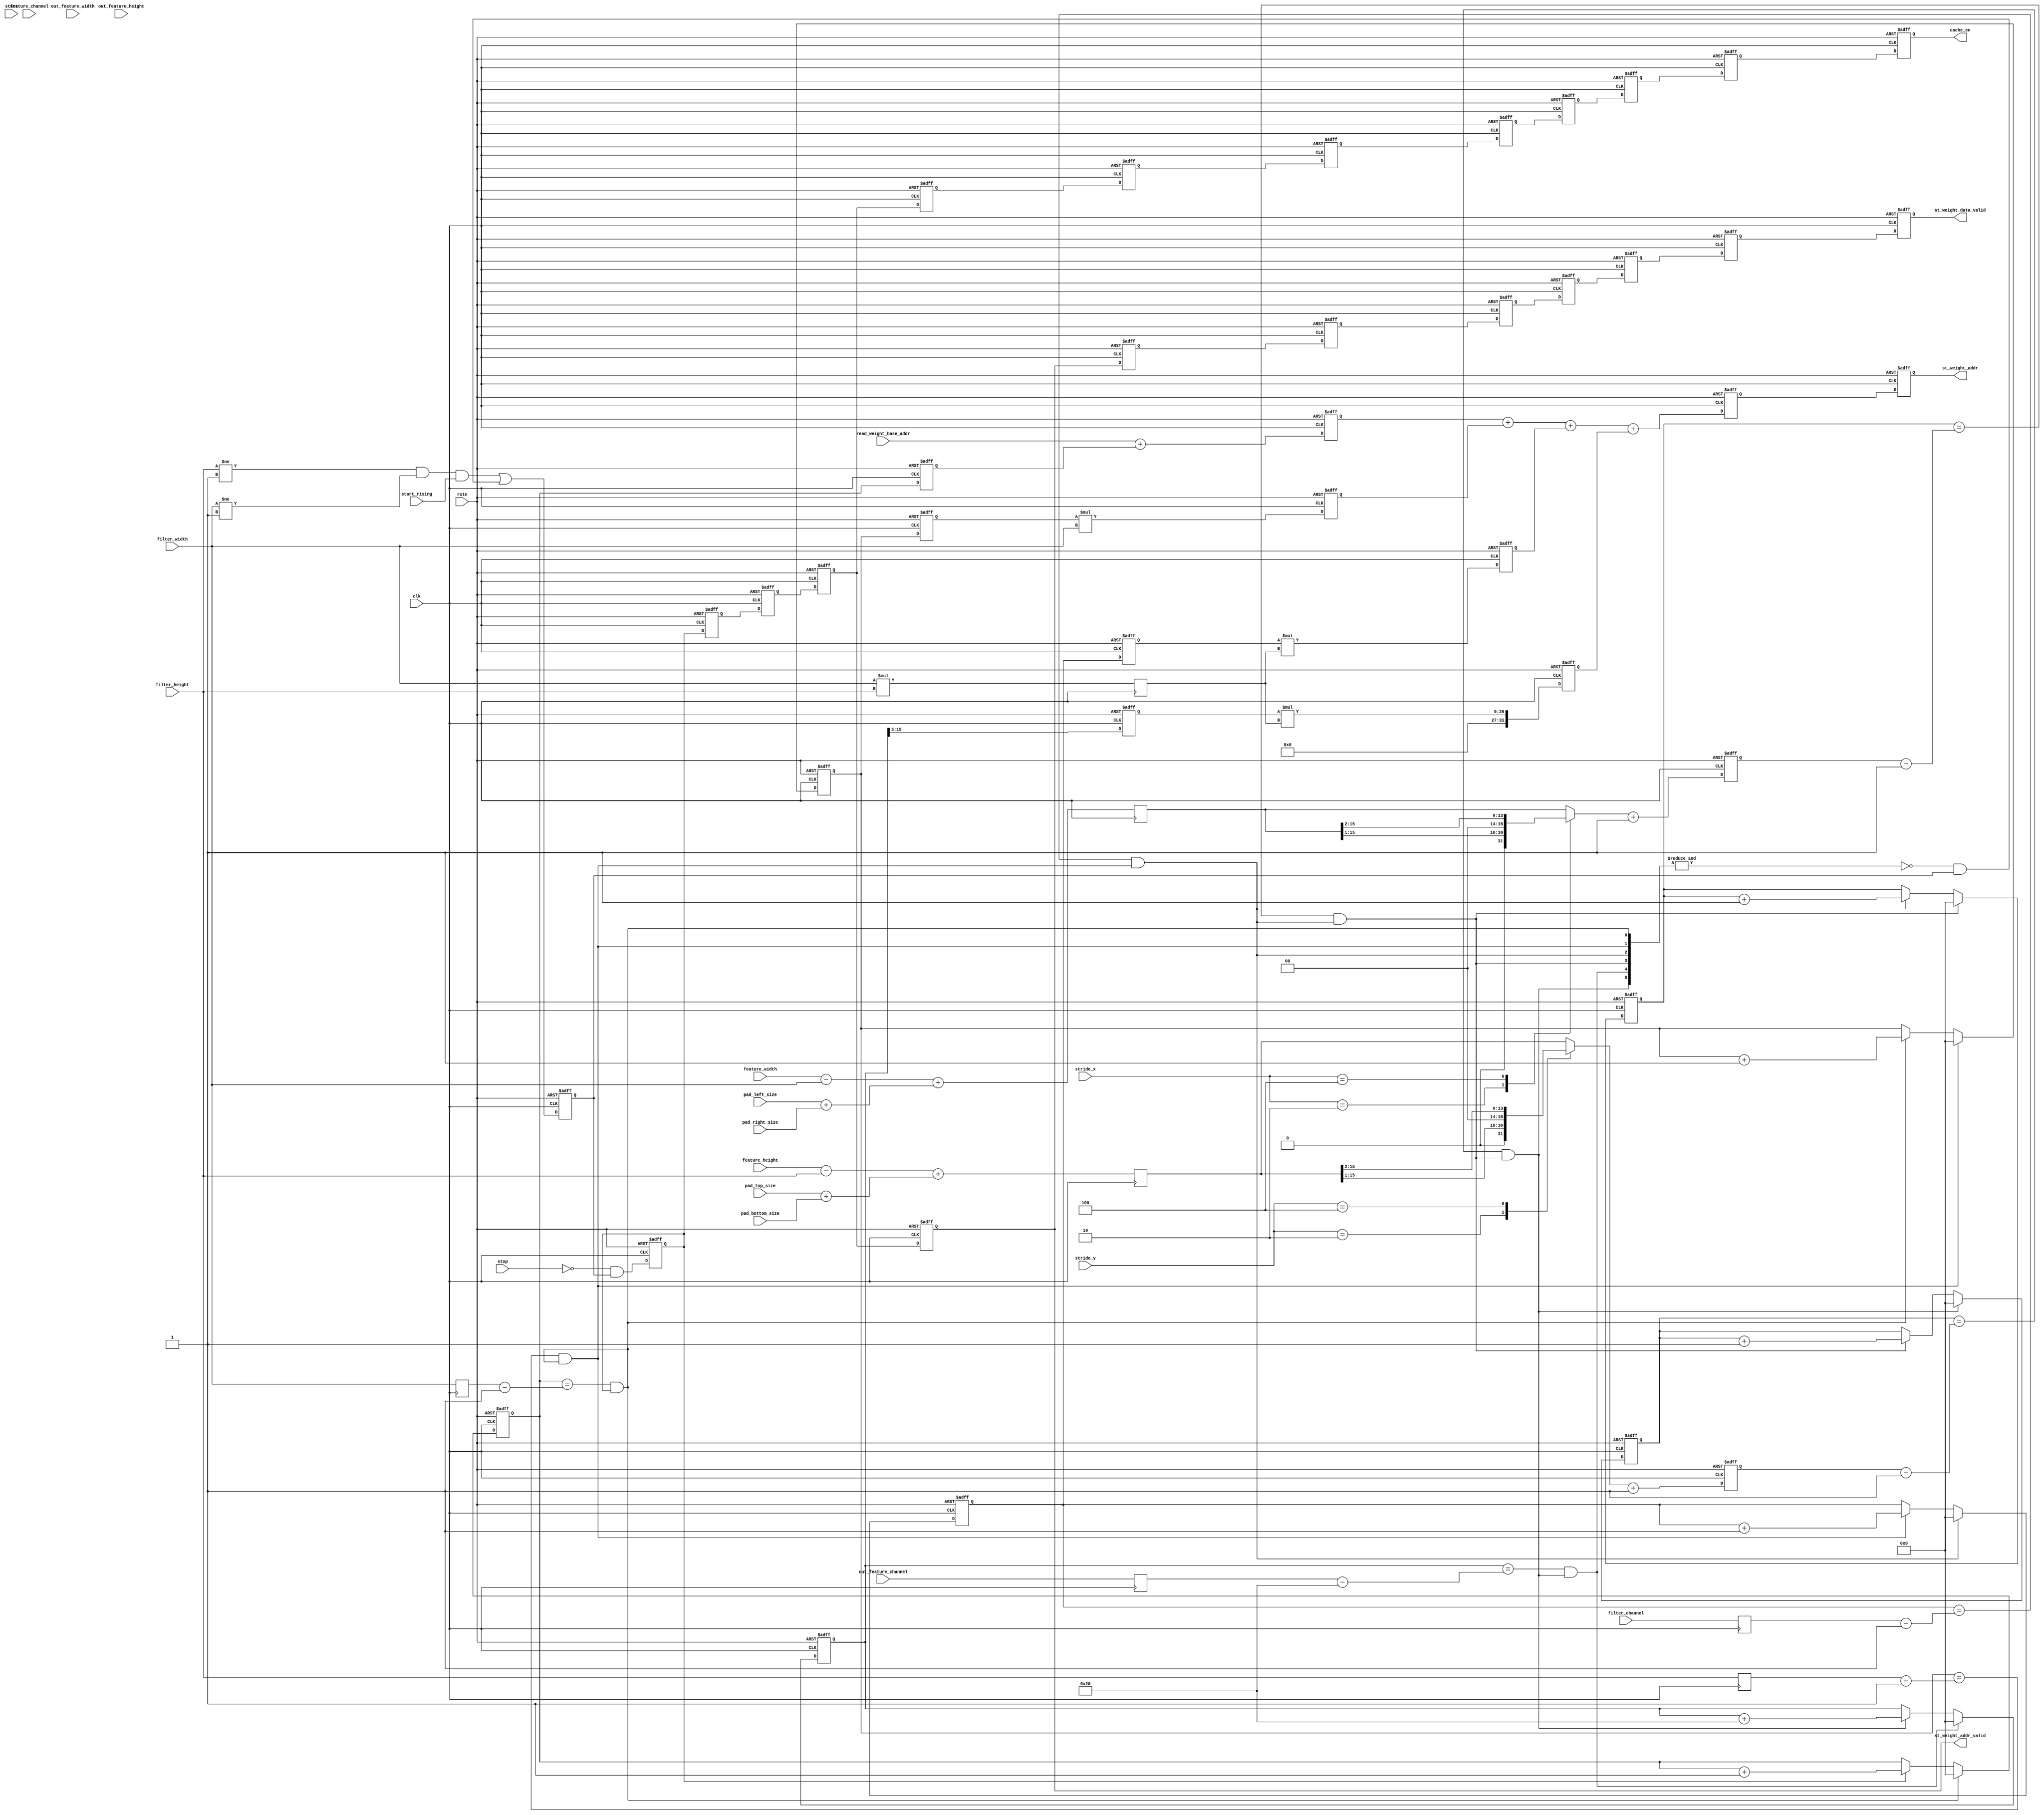
// Generated by stratus_hls 19.10-p100  (91500.011111)
// Fri Jan 22 11:58:26 2021
// from st_weight_addr_gen.cpp

`timescale 1ps / 1ps

      
module st_weight_addr_gen(clk, rstn, stop, start, start_rising, feature_width, feature_height, feature_channel, out_feature_width, out_feature_height, out_feature_channel, filter_width, filter_height, filter_channel, stride_x, stride_y, pad_top_size, pad_bottom_size, pad_left_size, pad_right_size, read_weight_base_addr, st_weight_addr, st_weight_addr_valid, st_weight_data_valid, cache_en);

      input clk;
      input rstn;
      input stop;
      input [7:0] start;
      input start_rising;
      input [15:0] feature_width;
      input [15:0] feature_height;
      input [15:0] feature_channel;
      input [15:0] out_feature_width;
      input [15:0] out_feature_height;
      input [15:0] out_feature_channel;
      input [15:0] filter_width;
      input [15:0] filter_height;
      input [15:0] filter_channel;
      input [7:0] stride_x;
      input [7:0] stride_y;
      input [7:0] pad_top_size;
      input [7:0] pad_bottom_size;
      input [7:0] pad_left_size;
      input [7:0] pad_right_size;
      input [31:0] read_weight_base_addr;
      output [31:0] st_weight_addr;
      reg [31:0] st_weight_addr;
      output st_weight_addr_valid;
      reg st_weight_addr_valid;
      output st_weight_data_valid;
      reg st_weight_data_valid;
      output cache_en;
      reg cache_en;
      /*signed*/wire[1:0] st_weight_addr_gen_AndReduction_2S_1U_1_42_in1;
      wire st_weight_addr_gen_AndReduction_2S_1U_4_41_out1;
      /*signed*/wire[1:0] st_weight_addr_gen_AndReduction_2S_1U_4_41_in1;
      wire st_weight_addr_gen_AndReduction_4S_1U_1_40_out1;
      /*signed*/wire[3:0] st_weight_addr_gen_AndReduction_4S_1U_1_40_in1;
      wire st_weight_addr_gen_And_1Ux1U_1U_4_48_out1;
      wire st_weight_addr_gen_And_1Ux1U_1U_4_47_out1;
      wire st_weight_addr_gen_And_1Ux1U_1U_4_46_out1;
      wire st_weight_addr_gen_AndReduction_2S_1U_1_42_out1;
      wire st_weight_addr_gen_Not_1U_1U_4_45_out1;
      wire st_weight_addr_gen_Nei1u16_4_44_out1;
      wire st_weight_addr_gen_Nei1u16_4_43_out1;
      wire st_weight_addr_gen_Or_1Ux1U_1U_4_49_out1;
      reg enable;
      wire st_weight_addr_gen_Not_1U_1U_4_14_out1;
      wire st_weight_addr_gen_And_1Ux1U_1U_4_15_out1;
      wire st_weight_addr_gen_EqSubi1u16u16_1_16_out1;
      reg[15:0] st_weight_addr_gen_MuxAdd2i1u16u16u1_4_18_out1;
      reg[15:0] st_weight_addr_gen_Muxi0u16u1_4_19_out1;
      wire st_weight_addr_gen_EqSubi1u16u16_1_20_out1;
      reg[15:0] st_weight_addr_gen_MuxAdd2i1u16u16u1_1_22_out1;
      wire st_weight_addr_gen_And_1Ux1U_1U_1_17_out1;
      reg[15:0] st_weight_addr_gen_Muxi0u16u1_4_23_out1;
      wire st_weight_addr_gen_EqSubi1u16u16_1_24_out1;
      reg[15:0] st_weight_addr_gen_MuxAdd2i1u16u16u1_1_26_out1;
      wire st_weight_addr_gen_And_1Ux1U_1U_1_21_out1;
      reg[15:0] st_weight_addr_gen_Muxi0u16u1_4_27_out1;
      wire st_weight_addr_gen_EqSubi1u16u16_1_28_out1;
      reg[15:0] st_weight_addr_gen_MuxAdd2i1u16u16u1_1_30_out1;
      wire st_weight_addr_gen_And_1Ux1U_1U_1_25_out1;
      reg[15:0] st_weight_addr_gen_Muxi0u16u1_4_31_out1;
      reg[15:0] ox_cnt;
      wire st_weight_addr_gen_EqSubi1u16u16_1_32_out1;
      reg[15:0] st_weight_addr_gen_MuxAdd2i1u16u16u1_1_34_out1;
      wire st_weight_addr_gen_And_1Ux1U_1U_1_29_out1;
      reg[15:0] st_weight_addr_gen_Muxi0u16u1_4_35_out1;
      reg[15:0] oy_cnt;
      wire st_weight_addr_gen_EqSubi32u16u16_1_36_out1;
      wire st_weight_addr_gen_And_1Ux1U_1U_1_37_out1;
      reg[15:0] st_weight_addr_gen_MuxAdd2i32u16u16u1_1_38_out1;
      wire st_weight_addr_gen_And_1Ux1U_1U_1_33_out1;
      reg[15:0] st_weight_addr_gen_Muxi0u16u1_4_39_out1;
      reg[15:0] ix_cnt;
      reg[15:0] iy_cnt;
      reg[15:0] if_cnt;
      reg[15:0] of_cnt;
      reg[15:0] ix_pos;
      reg[15:0] iy_pos;
      reg[15:0] if_pos;
      reg[10:0] of_pos_slice;
      wire[31:0] st_weight_addr_gen_Add_32Ux16U_32U_4_13_out1;
      wire[31:0] st_weight_addr_gen_Mul_16Ux16U_32U_1_12_out1;
      wire[31:0] st_weight_addr_gen_Mul_16Ux16U_32U_1_11_out1;
      wire[31:0] st_weight_addr_gen_Mul_16Ux16U_32U_1_10_out1;
      reg[31:0] org_if_pos;
      reg[31:0] org_of_pos;
      reg[31:0] org_ix_pos;
      reg[31:0] org_iy_pos;
      wire[31:0] st_weight_addr_gen_Add_32Ux32U_32U_1_8_out1;
      wire[31:0] st_weight_addr_gen_Add3u32u32u32_1_9_out1;
      reg[31:0] tmp_st_weight_addr;
      reg st_weight_addr_valid_4d;
      reg st_weight_addr_valid_3d;
      reg st_weight_addr_valid_2d;
      reg st_weight_addr_valid_1d;
      reg run_8d;
      reg run_7d;
      reg run_6d;
      reg run_5d;
      reg run_4d;
      reg run;
      reg run_1d;
      reg run_2d;
      reg run_9d;
      reg st_weight_addr_valid_5d;
      reg run_3d;
      reg run_10d;
      reg st_weight_addr_valid_6d;
      wire[15:0] st_weight_addr_gen_Mul_16Ux16U_16U_4_5_out1;
      reg[15:0] cnt_max;
      reg[15:0] of_cnt_max;
      reg[15:0] if_cnt_max;
      reg[15:0] iy_cnt_max;
      reg[15:0] ix_cnt_max;
      /*signed*/wire[15:0] st_weight_addr_gen_Add3u8u8Subu16u16_4_6_out1;
      /*signed*/wire[15:0] st_weight_addr_gen_Add3u8u8Subu16u16_4_7_out1;
      reg[15:0] st_weight_addr_gen_N_Mux_16_3_21_4_2_out1;
      wire[14:0] st_weight_addr_gen_N_Mux_16_3_21_4_2_in2;
      reg[15:0] ox_cnt_max;
      wire[13:0] st_weight_addr_gen_N_Mux_16_3_21_4_2_in3;
      reg[15:0] st_weight_addr_gen_N_Mux_16_3_21_4_1_out1;
      wire[14:0] st_weight_addr_gen_N_Mux_16_3_21_4_1_in2;
      reg[15:0] oy_cnt_max;
      wire[13:0] st_weight_addr_gen_N_Mux_16_3_21_4_1_in3;
      wire[15:0] st_weight_addr_gen_Add2i1u16_1_3_out1;
      reg[15:0] oy_cnt_max2;
      wire[15:0] st_weight_addr_gen_Add2i1u16_1_4_out1;
      reg[15:0] ox_cnt_max2;

         // rtl_process:st_weight_addr_gen/drive_ox_cnt_max2
         // Sharing or Control mux
         // Sharing/Controlling 3 operation(s) on drive_ox_cnt_max2
         // at: st_weight_addr_gen.h:380:7
         // at: st_weight_addr_gen.h:391:7
         // at: st_weight_addr_gen.h:179:56
         always @(posedge clk or negedge rstn)
          begin :drive_ox_cnt_max2
            if (rstn == 1'b0) begin
               // op:_cnt_max2/OP0
               ox_cnt_max2 <= 16'd00000;
            end
            else begin
               // op:_cnt_max2/OP11
               ox_cnt_max2 <= st_weight_addr_gen_Add2i1u16_1_4_out1;
            end
         end

         // rtl_process:st_weight_addr_gen/drive_oy_cnt_max2
         // Sharing or Control mux
         // Sharing/Controlling 3 operation(s) on drive_oy_cnt_max2
         // at: st_weight_addr_gen.h:381:7
         // at: st_weight_addr_gen.h:400:7
         // at: st_weight_addr_gen.h:195:56
         always @(posedge clk or negedge rstn)
          begin :drive_oy_cnt_max2
            if (rstn == 1'b0) begin
               // op:_cnt_max2/OP1
               oy_cnt_max2 <= 16'd00000;
            end
            else begin
               // op:_cnt_max2/OP8
               oy_cnt_max2 <= st_weight_addr_gen_Add2i1u16_1_3_out1;
            end
         end

         // rtl_process:st_weight_addr_gen/drive_st_weight_addr_gen_N_Mux_16_3_21_4_1_in3
         // Sharing or Control mux
         // Sharing/Controlling 1 operation(s) on drive_st_weight_addr_gen_N_Mux_16_3_21_4_1_in3
         // at: st_weight_addr_gen.h:398:40
         assign st_weight_addr_gen_N_Mux_16_3_21_4_1_in3 = oy_cnt_max[15:2];

         // rtl_process:st_weight_addr_gen/drive_st_weight_addr_gen_N_Mux_16_3_21_4_1_in2
         // Sharing or Control mux
         // Sharing/Controlling 1 operation(s) on drive_st_weight_addr_gen_N_Mux_16_3_21_4_1_in2
         // at: st_weight_addr_gen.h:396:40
         assign st_weight_addr_gen_N_Mux_16_3_21_4_1_in2 = oy_cnt_max[15:1];

         // rtl_instance:st_weight_addr_gen/st_weight_addr_gen_N_Mux_16_3_21_4
         always @(stride_y or oy_cnt_max or st_weight_addr_gen_N_Mux_16_3_21_4_1_in3 or st_weight_addr_gen_N_Mux_16_3_21_4_1_in2)
          begin :st_weight_addr_gen_N_Mux_16_3_21_4_1
            case (stride_y) 

               8'd002:                begin
                  st_weight_addr_gen_N_Mux_16_3_21_4_1_out1 = {1'b0, st_weight_addr_gen_N_Mux_16_3_21_4_1_in2};
               end
               
               8'd004:                begin
                  st_weight_addr_gen_N_Mux_16_3_21_4_1_out1 = {2'b00, st_weight_addr_gen_N_Mux_16_3_21_4_1_in3};
               end
               
               default:                begin
                  st_weight_addr_gen_N_Mux_16_3_21_4_1_out1 = oy_cnt_max;
               end
               
            endcase

         end

         // rtl_process:st_weight_addr_gen/drive_st_weight_addr_gen_N_Mux_16_3_21_4_2_in3
         // Sharing or Control mux
         // Sharing/Controlling 1 operation(s) on drive_st_weight_addr_gen_N_Mux_16_3_21_4_2_in3
         // at: st_weight_addr_gen.h:389:40
         assign st_weight_addr_gen_N_Mux_16_3_21_4_2_in3 = ox_cnt_max[15:2];

         // rtl_process:st_weight_addr_gen/drive_st_weight_addr_gen_N_Mux_16_3_21_4_2_in2
         // Sharing or Control mux
         // Sharing/Controlling 1 operation(s) on drive_st_weight_addr_gen_N_Mux_16_3_21_4_2_in2
         // at: st_weight_addr_gen.h:387:40
         assign st_weight_addr_gen_N_Mux_16_3_21_4_2_in2 = ox_cnt_max[15:1];

         // rtl_instance:st_weight_addr_gen/st_weight_addr_gen_N_Mux_16_3_21_4
         always @(stride_x or ox_cnt_max or st_weight_addr_gen_N_Mux_16_3_21_4_2_in3 or st_weight_addr_gen_N_Mux_16_3_21_4_2_in2)
          begin :st_weight_addr_gen_N_Mux_16_3_21_4_2
            case (stride_x) 

               8'd002:                begin
                  st_weight_addr_gen_N_Mux_16_3_21_4_2_out1 = {1'b0, st_weight_addr_gen_N_Mux_16_3_21_4_2_in2};
               end
               
               8'd004:                begin
                  st_weight_addr_gen_N_Mux_16_3_21_4_2_out1 = {2'b00, st_weight_addr_gen_N_Mux_16_3_21_4_2_in3};
               end
               
               default:                begin
                  st_weight_addr_gen_N_Mux_16_3_21_4_2_out1 = ox_cnt_max;
               end
               
            endcase

         end

         // rtl_instance:st_weight_addr_gen/st_weight_addr_gen_Add2i1u16_1_3
         // Resource=st_weight_addr_gen_Add2i1u16_1, Function=add : Inputs=16 Outputs=16
         // Implements 1 operation(s)
         // at: st_weight_addr_gen.h:400:39
         assign st_weight_addr_gen_Add2i1u16_1_3_out1 = st_weight_addr_gen_N_Mux_16_3_21_4_1_out1 + 16'd00001;

         // rtl_instance:st_weight_addr_gen/st_weight_addr_gen_Add2i1u16_1_4
         // Resource=st_weight_addr_gen_Add2i1u16_1, Function=add : Inputs=16 Outputs=16
         // Implements 1 operation(s)
         // at: st_weight_addr_gen.h:391:39
         assign st_weight_addr_gen_Add2i1u16_1_4_out1 = st_weight_addr_gen_N_Mux_16_3_21_4_2_out1 + 16'd00001;

         // rtl_process:st_weight_addr_gen/drive_ox_cnt_max
         // Sharing or Control mux
         // Sharing/Controlling 2 operation(s) on drive_ox_cnt_max
         // at: st_weight_addr_gen.h:391:21
         // at: st_weight_addr_gen.h:369:7
         always @(posedge clk)
          begin :drive_ox_cnt_max
            // op:_set_max_num/OP38
            ox_cnt_max <= st_weight_addr_gen_Add3u8u8Subu16u16_4_7_out1;
         end

         // rtl_process:st_weight_addr_gen/drive_oy_cnt_max
         // Sharing or Control mux
         // Sharing/Controlling 2 operation(s) on drive_oy_cnt_max
         // at: st_weight_addr_gen.h:398:22
         // at: st_weight_addr_gen.h:371:7
         always @(posedge clk)
          begin :drive_oy_cnt_max
            // op:_set_max_num/OP36
            oy_cnt_max <= st_weight_addr_gen_Add3u8u8Subu16u16_4_6_out1;
         end

         // rtl_process:st_weight_addr_gen/drive_ix_cnt_max
         // Sharing or Control mux
         // Sharing/Controlling 2 operation(s) on drive_ix_cnt_max
         // at: st_weight_addr_gen.h:365:7
         // at: st_weight_addr_gen.h:132:54
         always @(posedge clk)
          begin :drive_ix_cnt_max
            // op:_set_max_num/OP41
            ix_cnt_max <= filter_width;
         end

         // rtl_process:st_weight_addr_gen/drive_iy_cnt_max
         // Sharing or Control mux
         // Sharing/Controlling 2 operation(s) on drive_iy_cnt_max
         // at: st_weight_addr_gen.h:366:7
         // at: st_weight_addr_gen.h:147:56
         always @(posedge clk)
          begin :drive_iy_cnt_max
            // op:_set_max_num/OP40
            iy_cnt_max <= filter_height;
         end

         // rtl_process:st_weight_addr_gen/drive_if_cnt_max
         // Sharing or Control mux
         // Sharing/Controlling 2 operation(s) on drive_if_cnt_max
         // at: st_weight_addr_gen.h:367:9
         // at: st_weight_addr_gen.h:163:56
         always @(posedge clk)
          begin :drive_if_cnt_max
            // op:_set_max_num/OP39
            if_cnt_max <= filter_channel;
         end

         // rtl_process:st_weight_addr_gen/drive_of_cnt_max
         // Sharing or Control mux
         // Sharing/Controlling 2 operation(s) on drive_of_cnt_max
         // at: st_weight_addr_gen.h:373:7
         // at: st_weight_addr_gen.h:215:56
         always @(posedge clk)
          begin :drive_of_cnt_max
            // op:_set_max_num/OP34
            of_cnt_max <= out_feature_channel;
         end

         // rtl_process:st_weight_addr_gen/drive_cnt_max
         // Sharing or Control mux
         // Sharing/Controlling 2 operation(s) on drive_cnt_max
         // at: st_weight_addr_gen.h:374:7
         // at: st_weight_addr_gen.h:272:36
         always @(posedge clk)
          begin :drive_cnt_max
            // op:_set_max_num/OP33
            cnt_max <= st_weight_addr_gen_Mul_16Ux16U_16U_4_5_out1;
         end

         // rtl_instance:st_weight_addr_gen/st_weight_addr_gen_Mul_16Ux16U_16U_4_5
         // Resource=st_weight_addr_gen_Mul_16Ux16U_16U_4, Function=mul : Inputs=16,16 Outputs=16
         // Implements 1 operation(s)
         // at: st_weight_addr_gen.h:374:37
         assign st_weight_addr_gen_Mul_16Ux16U_16U_4_5_out1 = filter_width*filter_height;

         // rtl_instance:st_weight_addr_gen/st_weight_addr_gen_Add3u8u8Subu16u16_4_6
         // Resource=st_weight_addr_gen_Add3u8u8Subu16u16_4, Function=sub add add : Inputs=16,16,8,8 Outputs=16S
         // Implements 1 operation(s)
         // at: st_weight_addr_gen.h:371:65
         assign st_weight_addr_gen_Add3u8u8Subu16u16_4_6_out1 = feature_height - filter_height + ({8'b00000000, pad_top_size} + {8'b00000000, pad_bottom_size});

         // rtl_instance:st_weight_addr_gen/st_weight_addr_gen_Add3u8u8Subu16u16_4_7
         // Resource=st_weight_addr_gen_Add3u8u8Subu16u16_4, Function=sub add add : Inputs=16,16,8,8 Outputs=16S
         // Implements 1 operation(s)
         // at: st_weight_addr_gen.h:369:63
         assign st_weight_addr_gen_Add3u8u8Subu16u16_4_7_out1 = feature_width - filter_width + ({8'b00000000, pad_left_size} + {8'b00000000, pad_right_size});

         // rtl_process:st_weight_addr_gen/drive_st_weight_data_valid
         // Sharing or Control mux
         // Sharing/Controlling 2 operation(s) on drive_st_weight_data_valid
         // at: st_weight_addr_gen.h:356:7
         // at: st_weight_addr_gen.h:360:7
         always @(posedge clk or negedge rstn)
          begin :drive_st_weight_data_valid
            if (rstn == 1'b0) begin
               // op:_st_weight_data_valid/OP52
               st_weight_data_valid <= 1'd0;
            end
            else begin
               // op:_st_weight_data_valid/OP54
               st_weight_data_valid <= st_weight_addr_valid_6d;
            end
         end

         // rtl_process:st_weight_addr_gen/drive_cache_en
         // Sharing or Control mux
         // Sharing/Controlling 2 operation(s) on drive_cache_en
         // at: st_weight_addr_gen.h:346:7
         // at: st_weight_addr_gen.h:350:7
         always @(posedge clk or negedge rstn)
          begin :drive_cache_en
            if (rstn == 1'b0) begin
               // op:_cache_en/OP55
               cache_en <= 1'd0;
            end
            else begin
               // op:_cache_en/OP57
               cache_en <= run_10d;
            end
         end

         // rtl_process:st_weight_addr_gen/drive_st_weight_addr_valid
         // Sharing or Control mux
         // Sharing/Controlling 1 operation(s) on drive_st_weight_addr_valid
         // at: st_weight_addr_gen.h:294:8
         always @(posedge clk or negedge rstn)
          begin :drive_st_weight_addr_valid
            if (rstn == 1'b0) begin
               // op:_st_weight_addr_valid/OP58
               st_weight_addr_valid <= 1'd0;
            end
            else begin
               // op:_st_weight_addr_valid/OP60
               st_weight_addr_valid <= run_3d;
            end
         end

         // rtl_process:st_weight_addr_gen/drive_st_weight_addr_valid_6d
         // Sharing or Control mux
         // Sharing/Controlling 4 operation(s) on drive_st_weight_addr_valid_6d
         // at: st_weight_addr_gen.h:360:30
         // at: st_weight_addr_gen.h:312:7
         // at: st_weight_addr_gen.h:331:7
         always @(posedge clk or negedge rstn)
          begin :drive_st_weight_addr_valid_6d
            if (rstn == 1'b0) begin
               // op:_delay/OP76
               st_weight_addr_valid_6d <= 1'd0;
            end
            else begin
               // op:_delay/OP112
               st_weight_addr_valid_6d <= st_weight_addr_valid_5d;
            end
         end

         // rtl_process:st_weight_addr_gen/drive_run_10d
         // Sharing or Control mux
         // Sharing/Controlling 3 operation(s) on drive_run_10d
         // at: st_weight_addr_gen.h:350:18
         // at: st_weight_addr_gen.h:306:7
         // at: st_weight_addr_gen.h:325:7
         always @(posedge clk or negedge rstn)
          begin :drive_run_10d
            if (rstn == 1'b0) begin
               // op:_delay/OP70
               run_10d <= 1'b0;
            end
            else begin
               // op:_delay/OP118
               run_10d <= run_9d;
            end
         end

         // rtl_process:st_weight_addr_gen/drive_run_3d
         // Sharing or Control mux
         // Sharing/Controlling 4 operation(s) on drive_run_3d
         // at: st_weight_addr_gen.h:341:30
         // at: st_weight_addr_gen.h:299:7
         // at: st_weight_addr_gen.h:318:7
         always @(posedge clk or negedge rstn)
          begin :drive_run_3d
            if (rstn == 1'b0) begin
               // op:_delay/OP63
               run_3d <= 1'b0;
            end
            else begin
               // op:_delay/OP125
               run_3d <= run_2d;
            end
         end

         // rtl_process:st_weight_addr_gen/drive_run_1d
         // Sharing or Control mux
         // Sharing/Controlling 4 operation(s) on drive_run_1d
         // at: st_weight_addr_gen.h:297:7
         // at: st_weight_addr_gen.h:316:7
         // at: st_weight_addr_gen.h:317:16
         always @(posedge clk or negedge rstn)
          begin :drive_run_1d
            if (rstn == 1'b0) begin
               // op:_delay/OP61
               run_1d <= 1'b0;
            end
            else begin
               // op:_delay/OP127
               run_1d <= run;
            end
         end

         // rtl_process:st_weight_addr_gen/drive_run_2d
         // Sharing or Control mux
         // Sharing/Controlling 4 operation(s) on drive_run_2d
         // at: st_weight_addr_gen.h:298:7
         // at: st_weight_addr_gen.h:317:7
         // at: st_weight_addr_gen.h:318:16
         always @(posedge clk or negedge rstn)
          begin :drive_run_2d
            if (rstn == 1'b0) begin
               // op:_delay/OP62
               run_2d <= 1'b0;
            end
            else begin
               // op:_delay/OP126
               run_2d <= run_1d;
            end
         end

         // rtl_process:st_weight_addr_gen/drive_run_4d
         // Sharing or Control mux
         // Sharing/Controlling 4 operation(s) on drive_run_4d
         // at: st_weight_addr_gen.h:300:7
         // at: st_weight_addr_gen.h:319:7
         // at: st_weight_addr_gen.h:320:16
         always @(posedge clk or negedge rstn)
          begin :drive_run_4d
            if (rstn == 1'b0) begin
               // op:_delay/OP64
               run_4d <= 1'b0;
            end
            else begin
               // op:_delay/OP124
               run_4d <= run_3d;
            end
         end

         // rtl_process:st_weight_addr_gen/drive_run_5d
         // Sharing or Control mux
         // Sharing/Controlling 4 operation(s) on drive_run_5d
         // at: st_weight_addr_gen.h:301:7
         // at: st_weight_addr_gen.h:320:7
         // at: st_weight_addr_gen.h:321:16
         always @(posedge clk or negedge rstn)
          begin :drive_run_5d
            if (rstn == 1'b0) begin
               // op:_delay/OP65
               run_5d <= 1'b0;
            end
            else begin
               // op:_delay/OP123
               run_5d <= run_4d;
            end
         end

         // rtl_process:st_weight_addr_gen/drive_run_6d
         // Sharing or Control mux
         // Sharing/Controlling 4 operation(s) on drive_run_6d
         // at: st_weight_addr_gen.h:302:7
         // at: st_weight_addr_gen.h:321:7
         // at: st_weight_addr_gen.h:322:16
         always @(posedge clk or negedge rstn)
          begin :drive_run_6d
            if (rstn == 1'b0) begin
               // op:_delay/OP66
               run_6d <= 1'b0;
            end
            else begin
               // op:_delay/OP122
               run_6d <= run_5d;
            end
         end

         // rtl_process:st_weight_addr_gen/drive_run_7d
         // Sharing or Control mux
         // Sharing/Controlling 4 operation(s) on drive_run_7d
         // at: st_weight_addr_gen.h:303:7
         // at: st_weight_addr_gen.h:322:7
         // at: st_weight_addr_gen.h:323:16
         always @(posedge clk or negedge rstn)
          begin :drive_run_7d
            if (rstn == 1'b0) begin
               // op:_delay/OP67
               run_7d <= 1'b0;
            end
            else begin
               // op:_delay/OP121
               run_7d <= run_6d;
            end
         end

         // rtl_process:st_weight_addr_gen/drive_run_8d
         // Sharing or Control mux
         // Sharing/Controlling 4 operation(s) on drive_run_8d
         // at: st_weight_addr_gen.h:304:7
         // at: st_weight_addr_gen.h:323:7
         // at: st_weight_addr_gen.h:324:16
         always @(posedge clk or negedge rstn)
          begin :drive_run_8d
            if (rstn == 1'b0) begin
               // op:_delay/OP68
               run_8d <= 1'b0;
            end
            else begin
               // op:_delay/OP120
               run_8d <= run_7d;
            end
         end

         // rtl_process:st_weight_addr_gen/drive_run_9d
         // Sharing or Control mux
         // Sharing/Controlling 4 operation(s) on drive_run_9d
         // at: st_weight_addr_gen.h:305:7
         // at: st_weight_addr_gen.h:324:7
         // at: st_weight_addr_gen.h:325:17
         always @(posedge clk or negedge rstn)
          begin :drive_run_9d
            if (rstn == 1'b0) begin
               // op:_delay/OP69
               run_9d <= 1'b0;
            end
            else begin
               // op:_delay/OP119
               run_9d <= run_8d;
            end
         end

         // rtl_process:st_weight_addr_gen/drive_st_weight_addr_valid_1d
         // Sharing or Control mux
         // Sharing/Controlling 4 operation(s) on drive_st_weight_addr_valid_1d
         // at: st_weight_addr_gen.h:307:7
         // at: st_weight_addr_gen.h:326:7
         // at: st_weight_addr_gen.h:327:33
         always @(posedge clk or negedge rstn)
          begin :drive_st_weight_addr_valid_1d
            if (rstn == 1'b0) begin
               // op:_delay/OP71
               st_weight_addr_valid_1d <= 1'd0;
            end
            else begin
               // op:_delay/OP117
               st_weight_addr_valid_1d <= st_weight_addr_valid;
            end
         end

         // rtl_process:st_weight_addr_gen/drive_st_weight_addr_valid_2d
         // Sharing or Control mux
         // Sharing/Controlling 4 operation(s) on drive_st_weight_addr_valid_2d
         // at: st_weight_addr_gen.h:308:7
         // at: st_weight_addr_gen.h:327:7
         // at: st_weight_addr_gen.h:328:33
         always @(posedge clk or negedge rstn)
          begin :drive_st_weight_addr_valid_2d
            if (rstn == 1'b0) begin
               // op:_delay/OP72
               st_weight_addr_valid_2d <= 1'd0;
            end
            else begin
               // op:_delay/OP116
               st_weight_addr_valid_2d <= st_weight_addr_valid_1d;
            end
         end

         // rtl_process:st_weight_addr_gen/drive_st_weight_addr_valid_3d
         // Sharing or Control mux
         // Sharing/Controlling 4 operation(s) on drive_st_weight_addr_valid_3d
         // at: st_weight_addr_gen.h:309:7
         // at: st_weight_addr_gen.h:328:7
         // at: st_weight_addr_gen.h:329:33
         always @(posedge clk or negedge rstn)
          begin :drive_st_weight_addr_valid_3d
            if (rstn == 1'b0) begin
               // op:_delay/OP73
               st_weight_addr_valid_3d <= 1'd0;
            end
            else begin
               // op:_delay/OP115
               st_weight_addr_valid_3d <= st_weight_addr_valid_2d;
            end
         end

         // rtl_process:st_weight_addr_gen/drive_st_weight_addr_valid_4d
         // Sharing or Control mux
         // Sharing/Controlling 4 operation(s) on drive_st_weight_addr_valid_4d
         // at: st_weight_addr_gen.h:310:7
         // at: st_weight_addr_gen.h:329:7
         // at: st_weight_addr_gen.h:330:33
         always @(posedge clk or negedge rstn)
          begin :drive_st_weight_addr_valid_4d
            if (rstn == 1'b0) begin
               // op:_delay/OP74
               st_weight_addr_valid_4d <= 1'd0;
            end
            else begin
               // op:_delay/OP114
               st_weight_addr_valid_4d <= st_weight_addr_valid_3d;
            end
         end

         // rtl_process:st_weight_addr_gen/drive_st_weight_addr_valid_5d
         // Sharing or Control mux
         // Sharing/Controlling 4 operation(s) on drive_st_weight_addr_valid_5d
         // at: st_weight_addr_gen.h:311:7
         // at: st_weight_addr_gen.h:330:7
         // at: st_weight_addr_gen.h:331:33
         always @(posedge clk or negedge rstn)
          begin :drive_st_weight_addr_valid_5d
            if (rstn == 1'b0) begin
               // op:_delay/OP75
               st_weight_addr_valid_5d <= 1'd0;
            end
            else begin
               // op:_delay/OP113
               st_weight_addr_valid_5d <= st_weight_addr_valid_4d;
            end
         end

         // rtl_process:st_weight_addr_gen/drive_st_weight_addr
         // Sharing or Control mux
         // Sharing/Controlling 2 operation(s) on drive_st_weight_addr
         // at: st_weight_addr_gen.h:289:7
         // at: st_weight_addr_gen.h:291:7
         always @(posedge clk or negedge rstn)
          begin :drive_st_weight_addr
            if (rstn == 1'b0) begin
               // op:_st_weight_addr/OP128
               st_weight_addr <= 32'd0000000000;
            end
            else begin
               // op:_st_weight_addr/OP130
               st_weight_addr <= tmp_st_weight_addr;
            end
         end

         // rtl_process:st_weight_addr_gen/drive_tmp_st_weight_addr
         // Sharing or Control mux
         // Sharing/Controlling 3 operation(s) on drive_tmp_st_weight_addr
         // at: st_weight_addr_gen.h:291:24
         // at: st_weight_addr_gen.h:280:7
         // at: st_weight_addr_gen.h:283:7
         always @(posedge clk or negedge rstn)
          begin :drive_tmp_st_weight_addr
            if (rstn == 1'b0) begin
               // op:_tmp_st_weight_addr/OP131
               tmp_st_weight_addr <= 32'd0000000000;
            end
            else begin
               // op:_tmp_st_weight_addr/OP138
               tmp_st_weight_addr <= st_weight_addr_gen_Add3u32u32u32_1_9_out1;
            end
         end

         // rtl_instance:st_weight_addr_gen/st_weight_addr_gen_Add_32Ux32U_32U_1_8
         // Resource=st_weight_addr_gen_Add_32Ux32U_32U_1, Function=add : Inputs=32,32 Outputs=32
         // Implements 1 operation(s)
         // at: st_weight_addr_gen.h:283:46
         assign st_weight_addr_gen_Add_32Ux32U_32U_1_8_out1 = org_ix_pos + org_iy_pos;

         // rtl_instance:st_weight_addr_gen/st_weight_addr_gen_Add3u32u32u32_1_9
         // Resource=st_weight_addr_gen_Add3u32u32u32_1, Function=add add : Inputs=32,32,32 Outputs=32
         // Implements 1 operation(s)
         // at: st_weight_addr_gen.h:283:86
         assign st_weight_addr_gen_Add3u32u32u32_1_9_out1 = st_weight_addr_gen_Add_32Ux32U_32U_1_8_out1 + org_if_pos + org_of_pos;

         // rtl_process:st_weight_addr_gen/drive_org_of_pos
         // Sharing or Control mux
         // Sharing/Controlling 3 operation(s) on drive_org_of_pos
         // at: st_weight_addr_gen.h:283:88
         // at: st_weight_addr_gen.h:266:7
         // at: st_weight_addr_gen.h:272:7
         always @(posedge clk or negedge rstn)
          begin :drive_org_of_pos
            if (rstn == 1'b0) begin
               // op:_org_pos/OP147
               org_of_pos <= 32'd0000000000;
            end
            else begin
               // op:_org_pos/OP156
               org_of_pos <= st_weight_addr_gen_Mul_16Ux16U_32U_1_10_out1;
            end
         end

         // rtl_process:st_weight_addr_gen/drive_org_if_pos
         // Sharing or Control mux
         // Sharing/Controlling 3 operation(s) on drive_org_if_pos
         // at: st_weight_addr_gen.h:283:68
         // at: st_weight_addr_gen.h:265:7
         // at: st_weight_addr_gen.h:271:7
         always @(posedge clk or negedge rstn)
          begin :drive_org_if_pos
            if (rstn == 1'b0) begin
               // op:_org_pos/OP146
               org_if_pos <= 32'd0000000000;
            end
            else begin
               // op:_org_pos/OP158
               org_if_pos <= st_weight_addr_gen_Mul_16Ux16U_32U_1_11_out1;
            end
         end

         // rtl_process:st_weight_addr_gen/drive_org_iy_pos
         // Sharing or Control mux
         // Sharing/Controlling 3 operation(s) on drive_org_iy_pos
         // at: st_weight_addr_gen.h:283:48
         // at: st_weight_addr_gen.h:264:7
         // at: st_weight_addr_gen.h:270:7
         always @(posedge clk or negedge rstn)
          begin :drive_org_iy_pos
            if (rstn == 1'b0) begin
               // op:_org_pos/OP145
               org_iy_pos <= 32'd0000000000;
            end
            else begin
               // op:_org_pos/OP160
               org_iy_pos <= st_weight_addr_gen_Mul_16Ux16U_32U_1_12_out1;
            end
         end

         // rtl_process:st_weight_addr_gen/drive_org_ix_pos
         // Sharing or Control mux
         // Sharing/Controlling 3 operation(s) on drive_org_ix_pos
         // at: st_weight_addr_gen.h:283:28
         // at: st_weight_addr_gen.h:263:7
         // at: st_weight_addr_gen.h:269:7
         always @(posedge clk or negedge rstn)
          begin :drive_org_ix_pos
            if (rstn == 1'b0) begin
               // op:_org_pos/OP144
               org_ix_pos <= 32'd0000000000;
            end
            else begin
               // op:_org_pos/OP162
               org_ix_pos <= st_weight_addr_gen_Add_32Ux16U_32U_4_13_out1;
            end
         end

         // rtl_instance:st_weight_addr_gen/st_weight_addr_gen_Mul_16Ux16U_32U_1_10
         // Resource=st_weight_addr_gen_Mul_16Ux16U_32U_1, Function=mul : Inputs=16,16 Outputs=32
         // Implements 1 operation(s)
         // at: st_weight_addr_gen.h:272:34
         assign st_weight_addr_gen_Mul_16Ux16U_32U_1_10_out1 = {21'd0000000, of_pos_slice}*{16'b0000000000000000, cnt_max};

         // rtl_instance:st_weight_addr_gen/st_weight_addr_gen_Mul_16Ux16U_32U_1_11
         // Resource=st_weight_addr_gen_Mul_16Ux16U_32U_1, Function=mul : Inputs=16,16 Outputs=32
         // Implements 1 operation(s)
         // at: st_weight_addr_gen.h:271:34
         assign st_weight_addr_gen_Mul_16Ux16U_32U_1_11_out1 = {16'b0000000000000000, if_pos}*{16'b0000000000000000, cnt_max};

         // rtl_instance:st_weight_addr_gen/st_weight_addr_gen_Mul_16Ux16U_32U_1_12
         // Resource=st_weight_addr_gen_Mul_16Ux16U_32U_1, Function=mul : Inputs=16,16 Outputs=32
         // Implements 1 operation(s)
         // at: st_weight_addr_gen.h:270:34
         assign st_weight_addr_gen_Mul_16Ux16U_32U_1_12_out1 = {16'b0000000000000000, iy_pos}*{16'b0000000000000000, filter_width};

         // rtl_instance:st_weight_addr_gen/st_weight_addr_gen_Add_32Ux16U_32U_4_13
         // Resource=st_weight_addr_gen_Add_32Ux16U_32U_4, Function=add : Inputs=32,16 Outputs=32
         // Implements 1 operation(s)
         // at: st_weight_addr_gen.h:269:34
         assign st_weight_addr_gen_Add_32Ux16U_32U_4_13_out1 = read_weight_base_addr + {16'b0000000000000000, ix_pos};

         // rtl_process:st_weight_addr_gen/drive_of_pos_slice
         // Sharing or Control mux
         // Sharing/Controlling 3 operation(s) on drive_of_pos_slice
         // at: st_weight_addr_gen.h:272:20
         // at: st_weight_addr_gen.h:254:7
         // at: st_weight_addr_gen.h:257:7
         always @(posedge clk or negedge rstn)
          begin :drive_of_pos_slice
            if (rstn == 1'b0) begin
               // op:_of_pos/OP171
               of_pos_slice <= 11'd0000;
            end
            else begin
               // op:_of_pos/OP173
               of_pos_slice <= of_cnt[15:5];
            end
         end

         // rtl_process:st_weight_addr_gen/drive_if_pos
         // Sharing or Control mux
         // Sharing/Controlling 3 operation(s) on drive_if_pos
         // at: st_weight_addr_gen.h:271:20
         // at: st_weight_addr_gen.h:247:7
         // at: st_weight_addr_gen.h:249:7
         always @(posedge clk or negedge rstn)
          begin :drive_if_pos
            if (rstn == 1'b0) begin
               // op:_if_pos/OP174
               if_pos <= 16'd00000;
            end
            else begin
               // op:_if_pos/OP176
               if_pos <= if_cnt;
            end
         end

         // rtl_process:st_weight_addr_gen/drive_iy_pos
         // Sharing or Control mux
         // Sharing/Controlling 3 operation(s) on drive_iy_pos
         // at: st_weight_addr_gen.h:270:20
         // at: st_weight_addr_gen.h:240:7
         // at: st_weight_addr_gen.h:242:7
         always @(posedge clk or negedge rstn)
          begin :drive_iy_pos
            if (rstn == 1'b0) begin
               // op:_iy_pos/OP177
               iy_pos <= 16'd00000;
            end
            else begin
               // op:_iy_pos/OP179
               iy_pos <= iy_cnt;
            end
         end

         // rtl_process:st_weight_addr_gen/drive_ix_pos
         // Sharing or Control mux
         // Sharing/Controlling 3 operation(s) on drive_ix_pos
         // at: st_weight_addr_gen.h:269:20
         // at: st_weight_addr_gen.h:233:7
         // at: st_weight_addr_gen.h:235:7
         always @(posedge clk or negedge rstn)
          begin :drive_ix_pos
            if (rstn == 1'b0) begin
               // op:_ix_pos/OP180
               ix_pos <= 16'd00000;
            end
            else begin
               // op:_ix_pos/OP182
               ix_pos <= ix_cnt;
            end
         end

         // rtl_process:st_weight_addr_gen/drive_of_cnt
         // Sharing or Control mux
         // Sharing/Controlling 3 operation(s) on drive_of_cnt
         // at: st_weight_addr_gen.h:229:7
         // at: st_weight_addr_gen.h:222:7
         always @(posedge clk or negedge rstn)
          begin :drive_of_cnt
            if (rstn == 1'b0) begin
               // op:_of_counter/OP329
               of_cnt <= 16'd00000;
            end
            else begin
               // op:_of_counter/OP336
               of_cnt <= st_weight_addr_gen_Muxi0u16u1_4_39_out1;
            end
         end

         // rtl_instance:st_weight_addr_gen/st_weight_addr_gen_MuxAdd2i32u16u16u1_1
         always @(of_cnt or st_weight_addr_gen_And_1Ux1U_1U_1_33_out1)
          begin :st_weight_addr_gen_MuxAdd2i32u16u16u1_1_38
            if (st_weight_addr_gen_And_1Ux1U_1U_1_33_out1) begin
               st_weight_addr_gen_MuxAdd2i32u16u16u1_1_38_out1 = of_cnt + 16'd00032;
            end
            else begin
               st_weight_addr_gen_MuxAdd2i32u16u16u1_1_38_out1 = of_cnt;
            end
         end

         // rtl_instance:st_weight_addr_gen/st_weight_addr_gen_Muxi0u16u1_4
         always @(st_weight_addr_gen_And_1Ux1U_1U_1_37_out1 or st_weight_addr_gen_MuxAdd2i32u16u16u1_1_38_out1)
          begin :st_weight_addr_gen_Muxi0u16u1_4_39
            if (st_weight_addr_gen_And_1Ux1U_1U_1_37_out1) begin
               st_weight_addr_gen_Muxi0u16u1_4_39_out1 = 16'd00000;
            end
            else begin
               st_weight_addr_gen_Muxi0u16u1_4_39_out1 = st_weight_addr_gen_MuxAdd2i32u16u16u1_1_38_out1;
            end
         end

         // rtl_instance:st_weight_addr_gen/st_weight_addr_gen_EqSubi32u16u16_1_36
         // Resource=st_weight_addr_gen_EqSubi32u16u16_1, Function=sub eq : Inputs=16,16 Outputs=1
         // Implements 1 operation(s)
         // at: st_weight_addr_gen.h:215:53
         assign st_weight_addr_gen_EqSubi32u16u16_1_36_out1 = {1'b0, of_cnt} == {1'b0, of_cnt_max} - 17'd000032;

         // rtl_instance:st_weight_addr_gen/st_weight_addr_gen_And_1Ux1U_1U_1_37
         // Resource=st_weight_addr_gen_And_1Ux1U_1U_1, Function=and : Inputs=1,1 Outputs=1
         // Implements 1 operation(s)
         // at: st_weight_addr_gen.h:215:35
         assign st_weight_addr_gen_And_1Ux1U_1U_1_37_out1 = st_weight_addr_gen_EqSubi32u16u16_1_36_out1 & st_weight_addr_gen_And_1Ux1U_1U_1_33_out1;

         // rtl_process:st_weight_addr_gen/drive_oy_cnt
         // Sharing or Control mux
         // Sharing/Controlling 4 operation(s) on drive_oy_cnt
         // at: st_weight_addr_gen.h:195:39
         // at: st_weight_addr_gen.h:200:7
         // at: st_weight_addr_gen.h:205:7
         always @(posedge clk or negedge rstn)
          begin :drive_oy_cnt
            if (rstn == 1'b0) begin
               // op:_oy_counter/OP304
               oy_cnt <= 16'd00000;
            end
            else begin
               // op:_oy_counter/OP311
               oy_cnt <= st_weight_addr_gen_Muxi0u16u1_4_35_out1;
            end
         end

         // rtl_instance:st_weight_addr_gen/st_weight_addr_gen_MuxAdd2i1u16u16u1_1
         always @(oy_cnt or st_weight_addr_gen_And_1Ux1U_1U_1_29_out1)
          begin :st_weight_addr_gen_MuxAdd2i1u16u16u1_1_34
            if (st_weight_addr_gen_And_1Ux1U_1U_1_29_out1) begin
               st_weight_addr_gen_MuxAdd2i1u16u16u1_1_34_out1 = oy_cnt + 16'd00001;
            end
            else begin
               st_weight_addr_gen_MuxAdd2i1u16u16u1_1_34_out1 = oy_cnt;
            end
         end

         // rtl_instance:st_weight_addr_gen/st_weight_addr_gen_Muxi0u16u1_4
         always @(st_weight_addr_gen_And_1Ux1U_1U_1_33_out1 or st_weight_addr_gen_MuxAdd2i1u16u16u1_1_34_out1)
          begin :st_weight_addr_gen_Muxi0u16u1_4_35
            if (st_weight_addr_gen_And_1Ux1U_1U_1_33_out1) begin
               st_weight_addr_gen_Muxi0u16u1_4_35_out1 = 16'd00000;
            end
            else begin
               st_weight_addr_gen_Muxi0u16u1_4_35_out1 = st_weight_addr_gen_MuxAdd2i1u16u16u1_1_34_out1;
            end
         end

         // rtl_instance:st_weight_addr_gen/st_weight_addr_gen_EqSubi1u16u16_1_32
         // Resource=st_weight_addr_gen_EqSubi1u16u16_1, Function=sub eq : Inputs=16,16 Outputs=1
         // Implements 1 operation(s)
         // at: st_weight_addr_gen.h:195:53
         assign st_weight_addr_gen_EqSubi1u16u16_1_32_out1 = {1'b0, oy_cnt} == {1'b0, oy_cnt_max2} - 17'd000001;

         // rtl_instance:st_weight_addr_gen/st_weight_addr_gen_And_1Ux1U_1U_1_33
         // Resource=st_weight_addr_gen_And_1Ux1U_1U_1, Function=and : Inputs=1,1 Outputs=1
         // Implements 1 operation(s)
         // at: st_weight_addr_gen.h:195:35
         assign st_weight_addr_gen_And_1Ux1U_1U_1_33_out1 = st_weight_addr_gen_EqSubi1u16u16_1_32_out1 & st_weight_addr_gen_And_1Ux1U_1U_1_29_out1;

         // rtl_process:st_weight_addr_gen/drive_ox_cnt
         // Sharing or Control mux
         // Sharing/Controlling 4 operation(s) on drive_ox_cnt
         // at: st_weight_addr_gen.h:179:39
         // at: st_weight_addr_gen.h:184:7
         // at: st_weight_addr_gen.h:189:7
         always @(posedge clk or negedge rstn)
          begin :drive_ox_cnt
            if (rstn == 1'b0) begin
               // op:_ox_counter/OP279
               ox_cnt <= 16'd00000;
            end
            else begin
               // op:_ox_counter/OP286
               ox_cnt <= st_weight_addr_gen_Muxi0u16u1_4_31_out1;
            end
         end

         // rtl_instance:st_weight_addr_gen/st_weight_addr_gen_MuxAdd2i1u16u16u1_1
         always @(ox_cnt or st_weight_addr_gen_And_1Ux1U_1U_1_25_out1)
          begin :st_weight_addr_gen_MuxAdd2i1u16u16u1_1_30
            if (st_weight_addr_gen_And_1Ux1U_1U_1_25_out1) begin
               st_weight_addr_gen_MuxAdd2i1u16u16u1_1_30_out1 = ox_cnt + 16'd00001;
            end
            else begin
               st_weight_addr_gen_MuxAdd2i1u16u16u1_1_30_out1 = ox_cnt;
            end
         end

         // rtl_instance:st_weight_addr_gen/st_weight_addr_gen_Muxi0u16u1_4
         always @(st_weight_addr_gen_And_1Ux1U_1U_1_29_out1 or st_weight_addr_gen_MuxAdd2i1u16u16u1_1_30_out1)
          begin :st_weight_addr_gen_Muxi0u16u1_4_31
            if (st_weight_addr_gen_And_1Ux1U_1U_1_29_out1) begin
               st_weight_addr_gen_Muxi0u16u1_4_31_out1 = 16'd00000;
            end
            else begin
               st_weight_addr_gen_Muxi0u16u1_4_31_out1 = st_weight_addr_gen_MuxAdd2i1u16u16u1_1_30_out1;
            end
         end

         // rtl_instance:st_weight_addr_gen/st_weight_addr_gen_EqSubi1u16u16_1_28
         // Resource=st_weight_addr_gen_EqSubi1u16u16_1, Function=sub eq : Inputs=16,16 Outputs=1
         // Implements 1 operation(s)
         // at: st_weight_addr_gen.h:179:53
         assign st_weight_addr_gen_EqSubi1u16u16_1_28_out1 = {1'b0, ox_cnt} == {1'b0, ox_cnt_max2} - 17'd000001;

         // rtl_instance:st_weight_addr_gen/st_weight_addr_gen_And_1Ux1U_1U_1_29
         // Resource=st_weight_addr_gen_And_1Ux1U_1U_1, Function=and : Inputs=1,1 Outputs=1
         // Implements 1 operation(s)
         // at: st_weight_addr_gen.h:179:35
         assign st_weight_addr_gen_And_1Ux1U_1U_1_29_out1 = st_weight_addr_gen_EqSubi1u16u16_1_28_out1 & st_weight_addr_gen_And_1Ux1U_1U_1_25_out1;

         // rtl_process:st_weight_addr_gen/drive_if_cnt
         // Sharing or Control mux
         // Sharing/Controlling 3 operation(s) on drive_if_cnt
         // at: st_weight_addr_gen.h:173:7
         // at: st_weight_addr_gen.h:168:7
         always @(posedge clk or negedge rstn)
          begin :drive_if_cnt
            if (rstn == 1'b0) begin
               // op:_if_counter/OP254
               if_cnt <= 16'd00000;
            end
            else begin
               // op:_if_counter/OP261
               if_cnt <= st_weight_addr_gen_Muxi0u16u1_4_27_out1;
            end
         end

         // rtl_instance:st_weight_addr_gen/st_weight_addr_gen_MuxAdd2i1u16u16u1_1
         always @(if_cnt or st_weight_addr_gen_And_1Ux1U_1U_1_21_out1)
          begin :st_weight_addr_gen_MuxAdd2i1u16u16u1_1_26
            if (st_weight_addr_gen_And_1Ux1U_1U_1_21_out1) begin
               st_weight_addr_gen_MuxAdd2i1u16u16u1_1_26_out1 = if_cnt + 16'd00001;
            end
            else begin
               st_weight_addr_gen_MuxAdd2i1u16u16u1_1_26_out1 = if_cnt;
            end
         end

         // rtl_instance:st_weight_addr_gen/st_weight_addr_gen_Muxi0u16u1_4
         always @(st_weight_addr_gen_And_1Ux1U_1U_1_25_out1 or st_weight_addr_gen_MuxAdd2i1u16u16u1_1_26_out1)
          begin :st_weight_addr_gen_Muxi0u16u1_4_27
            if (st_weight_addr_gen_And_1Ux1U_1U_1_25_out1) begin
               st_weight_addr_gen_Muxi0u16u1_4_27_out1 = 16'd00000;
            end
            else begin
               st_weight_addr_gen_Muxi0u16u1_4_27_out1 = st_weight_addr_gen_MuxAdd2i1u16u16u1_1_26_out1;
            end
         end

         // rtl_instance:st_weight_addr_gen/st_weight_addr_gen_EqSubi1u16u16_1_24
         // Resource=st_weight_addr_gen_EqSubi1u16u16_1, Function=sub eq : Inputs=16,16 Outputs=1
         // Implements 1 operation(s)
         // at: st_weight_addr_gen.h:163:53
         assign st_weight_addr_gen_EqSubi1u16u16_1_24_out1 = {1'b0, if_cnt} == {1'b0, if_cnt_max} - 17'd000001;

         // rtl_instance:st_weight_addr_gen/st_weight_addr_gen_And_1Ux1U_1U_1_25
         // Resource=st_weight_addr_gen_And_1Ux1U_1U_1, Function=and : Inputs=1,1 Outputs=1
         // Implements 1 operation(s)
         // at: st_weight_addr_gen.h:163:35
         assign st_weight_addr_gen_And_1Ux1U_1U_1_25_out1 = st_weight_addr_gen_EqSubi1u16u16_1_24_out1 & st_weight_addr_gen_And_1Ux1U_1U_1_21_out1;

         // rtl_process:st_weight_addr_gen/drive_iy_cnt
         // Sharing or Control mux
         // Sharing/Controlling 3 operation(s) on drive_iy_cnt
         // at: st_weight_addr_gen.h:158:7
         // at: st_weight_addr_gen.h:153:7
         always @(posedge clk or negedge rstn)
          begin :drive_iy_cnt
            if (rstn == 1'b0) begin
               // op:_iy_counter/OP229
               iy_cnt <= 16'd00000;
            end
            else begin
               // op:_iy_counter/OP236
               iy_cnt <= st_weight_addr_gen_Muxi0u16u1_4_23_out1;
            end
         end

         // rtl_instance:st_weight_addr_gen/st_weight_addr_gen_MuxAdd2i1u16u16u1_1
         always @(iy_cnt or st_weight_addr_gen_And_1Ux1U_1U_1_17_out1)
          begin :st_weight_addr_gen_MuxAdd2i1u16u16u1_1_22
            if (st_weight_addr_gen_And_1Ux1U_1U_1_17_out1) begin
               st_weight_addr_gen_MuxAdd2i1u16u16u1_1_22_out1 = iy_cnt + 16'd00001;
            end
            else begin
               st_weight_addr_gen_MuxAdd2i1u16u16u1_1_22_out1 = iy_cnt;
            end
         end

         // rtl_instance:st_weight_addr_gen/st_weight_addr_gen_Muxi0u16u1_4
         always @(st_weight_addr_gen_And_1Ux1U_1U_1_21_out1 or st_weight_addr_gen_MuxAdd2i1u16u16u1_1_22_out1)
          begin :st_weight_addr_gen_Muxi0u16u1_4_23
            if (st_weight_addr_gen_And_1Ux1U_1U_1_21_out1) begin
               st_weight_addr_gen_Muxi0u16u1_4_23_out1 = 16'd00000;
            end
            else begin
               st_weight_addr_gen_Muxi0u16u1_4_23_out1 = st_weight_addr_gen_MuxAdd2i1u16u16u1_1_22_out1;
            end
         end

         // rtl_instance:st_weight_addr_gen/st_weight_addr_gen_EqSubi1u16u16_1_20
         // Resource=st_weight_addr_gen_EqSubi1u16u16_1, Function=sub eq : Inputs=16,16 Outputs=1
         // Implements 1 operation(s)
         // at: st_weight_addr_gen.h:147:53
         assign st_weight_addr_gen_EqSubi1u16u16_1_20_out1 = {1'b0, iy_cnt} == {1'b0, iy_cnt_max} - 17'd000001;

         // rtl_instance:st_weight_addr_gen/st_weight_addr_gen_And_1Ux1U_1U_1_21
         // Resource=st_weight_addr_gen_And_1Ux1U_1U_1, Function=and : Inputs=1,1 Outputs=1
         // Implements 1 operation(s)
         // at: st_weight_addr_gen.h:147:35
         assign st_weight_addr_gen_And_1Ux1U_1U_1_21_out1 = st_weight_addr_gen_EqSubi1u16u16_1_20_out1 & st_weight_addr_gen_And_1Ux1U_1U_1_17_out1;

         // rtl_process:st_weight_addr_gen/drive_ix_cnt
         // Sharing or Control mux
         // Sharing/Controlling 3 operation(s) on drive_ix_cnt
         // at: st_weight_addr_gen.h:142:7
         // at: st_weight_addr_gen.h:137:7
         always @(posedge clk or negedge rstn)
          begin :drive_ix_cnt
            if (rstn == 1'b0) begin
               // op:_ix_counter/OP204
               ix_cnt <= 16'd00000;
            end
            else begin
               // op:_ix_counter/OP211
               ix_cnt <= st_weight_addr_gen_Muxi0u16u1_4_19_out1;
            end
         end

         // rtl_instance:st_weight_addr_gen/st_weight_addr_gen_MuxAdd2i1u16u16u1_4
         always @(run or ix_cnt)
          begin :st_weight_addr_gen_MuxAdd2i1u16u16u1_4_18
            if (run) begin
               st_weight_addr_gen_MuxAdd2i1u16u16u1_4_18_out1 = ix_cnt + 16'd00001;
            end
            else begin
               st_weight_addr_gen_MuxAdd2i1u16u16u1_4_18_out1 = ix_cnt;
            end
         end

         // rtl_instance:st_weight_addr_gen/st_weight_addr_gen_Muxi0u16u1_4
         always @(st_weight_addr_gen_And_1Ux1U_1U_1_17_out1 or st_weight_addr_gen_MuxAdd2i1u16u16u1_4_18_out1)
          begin :st_weight_addr_gen_Muxi0u16u1_4_19
            if (st_weight_addr_gen_And_1Ux1U_1U_1_17_out1) begin
               st_weight_addr_gen_Muxi0u16u1_4_19_out1 = 16'd00000;
            end
            else begin
               st_weight_addr_gen_Muxi0u16u1_4_19_out1 = st_weight_addr_gen_MuxAdd2i1u16u16u1_4_18_out1;
            end
         end

         // rtl_instance:st_weight_addr_gen/st_weight_addr_gen_EqSubi1u16u16_1_16
         // Resource=st_weight_addr_gen_EqSubi1u16u16_1, Function=sub eq : Inputs=16,16 Outputs=1
         // Implements 1 operation(s)
         // at: st_weight_addr_gen.h:132:51
         assign st_weight_addr_gen_EqSubi1u16u16_1_16_out1 = {1'b0, ix_cnt} == {1'b0, ix_cnt_max} - 17'd000001;

         // rtl_instance:st_weight_addr_gen/st_weight_addr_gen_And_1Ux1U_1U_1_17
         // Resource=st_weight_addr_gen_And_1Ux1U_1U_1, Function=and : Inputs=1,1 Outputs=1
         // Implements 1 operation(s)
         // at: st_weight_addr_gen.h:132:34
         assign st_weight_addr_gen_And_1Ux1U_1U_1_17_out1 = st_weight_addr_gen_EqSubi1u16u16_1_16_out1 & run;

         // rtl_process:st_weight_addr_gen/drive_run
         // Sharing or Control mux
         // Sharing/Controlling 6 operation(s) on drive_run
         // at: st_weight_addr_gen.h:131:5
         // at: st_weight_addr_gen.h:141:14
         // at: st_weight_addr_gen.h:316:16
         // at: st_weight_addr_gen.h:122:7
         // at: st_weight_addr_gen.h:126:7
         // at: st_weight_addr_gen.h:131:17
         always @(posedge clk or negedge rstn)
          begin :drive_run
            if (rstn == 1'b0) begin
               // op:_run/OP183
               run <= 1'b0;
            end
            else begin
               // op:_run/OP188
               run <= st_weight_addr_gen_And_1Ux1U_1U_4_15_out1;
            end
         end

         // rtl_instance:st_weight_addr_gen/st_weight_addr_gen_Not_1U_1U_4_14
         // Resource=st_weight_addr_gen_Not_1U_1U_4, Function=not : Inputs=1 Outputs=1
         // Implements 1 operation(s)
         // at: st_weight_addr_gen.h:123:10
         assign st_weight_addr_gen_Not_1U_1U_4_14_out1 = !stop;

         // rtl_instance:st_weight_addr_gen/st_weight_addr_gen_And_1Ux1U_1U_4_15
         // Resource=st_weight_addr_gen_And_1Ux1U_1U_4, Function=and : Inputs=1,1 Outputs=1
         // Implements 1 operation(s)
         // at: st_weight_addr_gen.h:123:10
         assign st_weight_addr_gen_And_1Ux1U_1U_4_15_out1 = st_weight_addr_gen_Not_1U_1U_4_14_out1 & enable;

         // rtl_process:st_weight_addr_gen/drive_enable
         // Sharing or Control mux
         // Sharing/Controlling 4 operation(s) on drive_enable
         // at: st_weight_addr_gen.h:126:13
         // at: st_weight_addr_gen.h:111:7
         // at: st_weight_addr_gen.h:116:7
         always @(posedge clk or negedge rstn)
          begin :drive_enable
            if (rstn == 1'b0) begin
               // op:_enable/OP355
               enable <= 1'b0;
            end
            else begin
               // op:_enable/OP369
               enable <= st_weight_addr_gen_Or_1Ux1U_1U_4_49_out1;
            end
         end

         // rtl_instance:st_weight_addr_gen/st_weight_addr_gen_Nei1u16_4_43
         // Resource=st_weight_addr_gen_Nei1u16_4, Function=ne : Inputs=16 Outputs=1
         // Implements 1 operation(s)
         // at: st_weight_addr_gen.h:113:92
         assign st_weight_addr_gen_Nei1u16_4_43_out1 = filter_width != 16'd00001;

         // rtl_instance:st_weight_addr_gen/st_weight_addr_gen_Nei1u16_4_44
         // Resource=st_weight_addr_gen_Nei1u16_4, Function=ne : Inputs=16 Outputs=1
         // Implements 1 operation(s)
         // at: st_weight_addr_gen.h:113:64
         assign st_weight_addr_gen_Nei1u16_4_44_out1 = filter_height != 16'd00001;

         // rtl_instance:st_weight_addr_gen/st_weight_addr_gen_Not_1U_1U_4_45
         // Resource=st_weight_addr_gen_Not_1U_1U_4, Function=not : Inputs=1 Outputs=1
         // Implements 1 operation(s)
         // at: st_weight_addr_gen.h:115:10
         assign st_weight_addr_gen_Not_1U_1U_4_45_out1 = !st_weight_addr_gen_AndReduction_2S_1U_1_42_out1;

         // rtl_instance:st_weight_addr_gen/st_weight_addr_gen_And_1Ux1U_1U_4_46
         // Resource=st_weight_addr_gen_And_1Ux1U_1U_4, Function=and : Inputs=1,1 Outputs=1
         // Implements 1 operation(s)
         // at: st_weight_addr_gen.h:113:69
         assign st_weight_addr_gen_And_1Ux1U_1U_4_46_out1 = st_weight_addr_gen_Nei1u16_4_44_out1 & st_weight_addr_gen_Nei1u16_4_43_out1;

         // rtl_instance:st_weight_addr_gen/st_weight_addr_gen_And_1Ux1U_1U_4_47
         // Resource=st_weight_addr_gen_And_1Ux1U_1U_4, Function=and : Inputs=1,1 Outputs=1
         // Implements 1 operation(s)
         // at: st_weight_addr_gen.h:115:10
         assign st_weight_addr_gen_And_1Ux1U_1U_4_47_out1 = st_weight_addr_gen_Not_1U_1U_4_45_out1 & enable;

         // rtl_instance:st_weight_addr_gen/st_weight_addr_gen_And_1Ux1U_1U_4_48
         // Resource=st_weight_addr_gen_And_1Ux1U_1U_4, Function=and : Inputs=1,1 Outputs=1
         // Implements 1 operation(s)
         // at: st_weight_addr_gen.h:113:39
         assign st_weight_addr_gen_And_1Ux1U_1U_4_48_out1 = st_weight_addr_gen_And_1Ux1U_1U_4_46_out1 & start_rising;

         // rtl_instance:st_weight_addr_gen/st_weight_addr_gen_Or_1Ux1U_1U_4_49
         // Resource=st_weight_addr_gen_Or_1Ux1U_1U_4, Function=or : Inputs=1,1 Outputs=1
         // Implements 1 operation(s)
         // at: st_weight_addr_gen.h:113:10
         assign st_weight_addr_gen_Or_1Ux1U_1U_4_49_out1 = st_weight_addr_gen_And_1Ux1U_1U_4_48_out1 | st_weight_addr_gen_And_1Ux1U_1U_4_47_out1;

         // rtl_process:st_weight_addr_gen/drive_st_weight_addr_gen_AndReduction_4S_1U_1_40_in1
         // Sharing or Control mux
         // Sharing/Controlling 1 operation(s) on drive_st_weight_addr_gen_AndReduction_4S_1U_1_40_in1
         // at: st_weight_addr_gen.h:106:106
         assign st_weight_addr_gen_AndReduction_4S_1U_1_40_in1 = {{st_weight_addr_gen_And_1Ux1U_1U_1_25_out1, st_weight_addr_gen_And_1Ux1U_1U_1_29_out1}, {st_weight_addr_gen_And_1Ux1U_1U_1_33_out1, st_weight_addr_gen_And_1Ux1U_1U_1_37_out1}};

         // rtl_instance:st_weight_addr_gen/st_weight_addr_gen_AndReduction_4S_1U_1_40
         // Resource=st_weight_addr_gen_AndReduction_4S_1U_1, Function=and : Inputs=4S Outputs=1
         // Implements 1 operation(s)
         // at: st_weight_addr_gen.h:106:106
         assign st_weight_addr_gen_AndReduction_4S_1U_1_40_out1 = (&st_weight_addr_gen_AndReduction_4S_1U_1_40_in1);

         // rtl_process:st_weight_addr_gen/drive_st_weight_addr_gen_AndReduction_2S_1U_4_41_in1
         // Sharing or Control mux
         // Sharing/Controlling 1 operation(s) on drive_st_weight_addr_gen_AndReduction_2S_1U_4_41_in1
         // at: st_weight_addr_gen.h:106:106
         assign st_weight_addr_gen_AndReduction_2S_1U_4_41_in1 = {st_weight_addr_gen_And_1Ux1U_1U_1_17_out1, st_weight_addr_gen_And_1Ux1U_1U_1_21_out1};

         // rtl_instance:st_weight_addr_gen/st_weight_addr_gen_AndReduction_2S_1U_4_41
         // Resource=st_weight_addr_gen_AndReduction_2S_1U_4, Function=and : Inputs=2S Outputs=1
         // Implements 1 operation(s)
         // at: st_weight_addr_gen.h:106:106
         assign st_weight_addr_gen_AndReduction_2S_1U_4_41_out1 = (&st_weight_addr_gen_AndReduction_2S_1U_4_41_in1);

         // rtl_process:st_weight_addr_gen/drive_st_weight_addr_gen_AndReduction_2S_1U_1_42_in1
         // Sharing or Control mux
         // Sharing/Controlling 1 operation(s) on drive_st_weight_addr_gen_AndReduction_2S_1U_1_42_in1
         // at: st_weight_addr_gen.h:106:106
         assign st_weight_addr_gen_AndReduction_2S_1U_1_42_in1 = {st_weight_addr_gen_AndReduction_2S_1U_4_41_out1, st_weight_addr_gen_AndReduction_4S_1U_1_40_out1};

         // rtl_instance:st_weight_addr_gen/st_weight_addr_gen_AndReduction_2S_1U_1_42
         // Resource=st_weight_addr_gen_AndReduction_2S_1U_1, Function=and : Inputs=2S Outputs=1
         // Implements 1 operation(s)
         // at: st_weight_addr_gen.h:106:106
         assign st_weight_addr_gen_AndReduction_2S_1U_1_42_out1 = (&st_weight_addr_gen_AndReduction_2S_1U_1_42_in1);


endmodule